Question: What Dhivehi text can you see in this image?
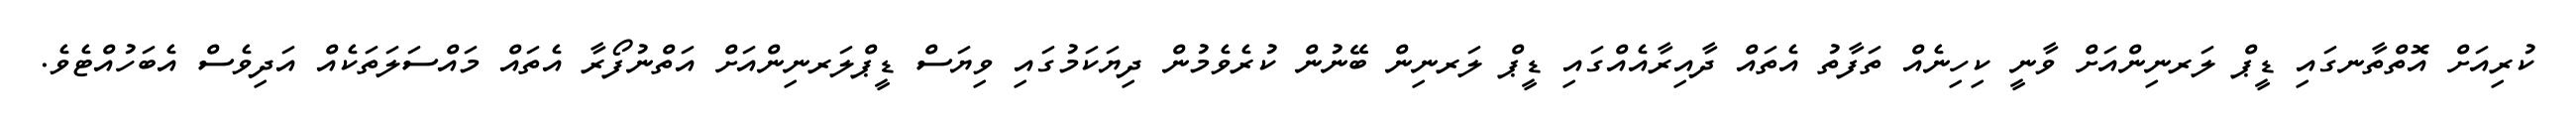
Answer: ކުރިއަށް އޮތްތާނގައި ޑީޕް ލަރނިންއަށް ވާނީ ކިހިނެއް ތަފާތު އެތައް ދާއިރާއެއްގައި ޑީޕް ލަރނިން ބޭނުން ކުރެވެމުން ދިޔަކަމުގައި ވިޔަސް ޑީޕްލަރނިންއަށް އަތްނުފޯރާ އެތައް މައްސަލަތަކެއް އަދިވެސް އެބަހުއްޓެވެ.